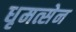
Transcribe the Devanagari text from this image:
धृमत्सेन